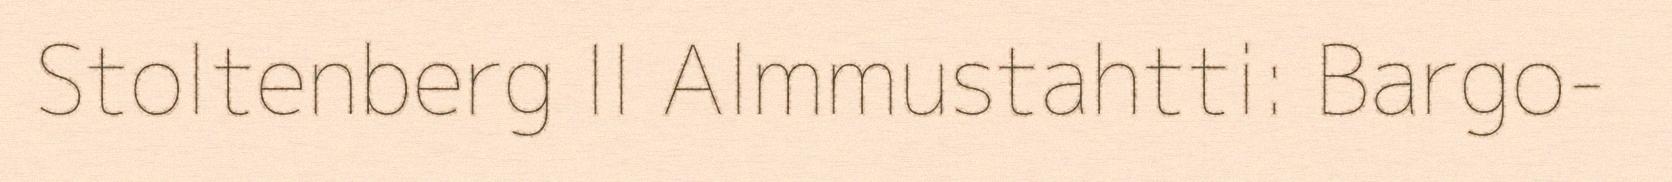
Stoltenberg II Almmustahtti: Bargo-